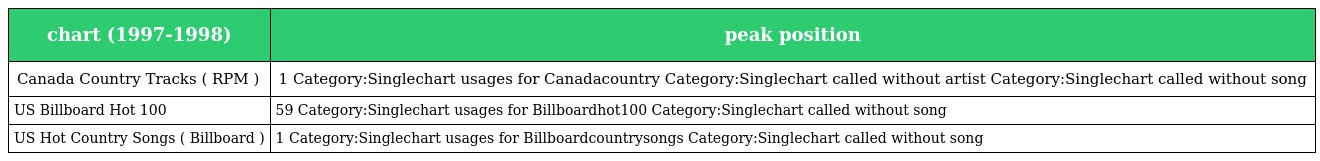
| chart (1997-1998) | peak position |
 | --- | --- |
 | Canada Country Tracks ( RPM ) | 1 Category:Singlechart usages for Canadacountry Category:Singlechart called without artist Category:Singlechart called without song |
 | US Billboard Hot 100 | 59 Category:Singlechart usages for Billboardhot100 Category:Singlechart called without song |
 | US Hot Country Songs ( Billboard ) | 1 Category:Singlechart usages for Billboardcountrysongs Category:Singlechart called without song |